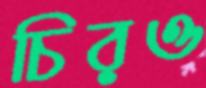
চিরও